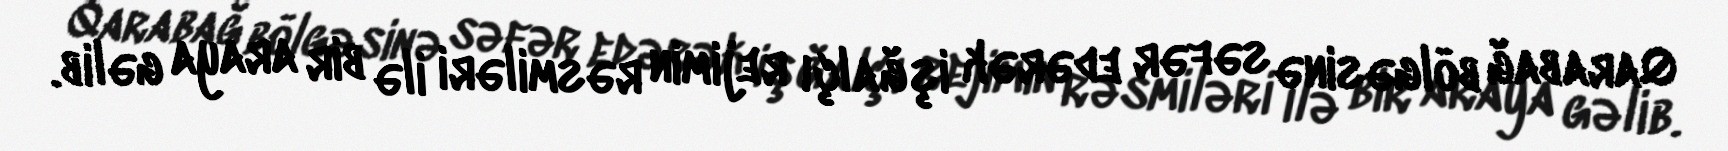
Qarabağ bölgəsinə səfər edərək işğalçı rejimin rəsmiləri ilə bir araya gəlib.